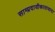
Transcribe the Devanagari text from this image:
साम्प्रदायीकातावादा